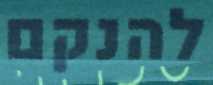
להנקם